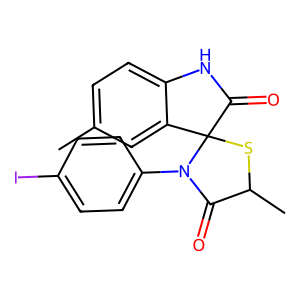
SMILES: Cc1ccc2c(c1)C1(SC(C)C(=O)N1c1ccc(I)cc1)C(=O)N2
Inhibits HIV replication: No